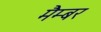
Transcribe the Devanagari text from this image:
मैम्बर